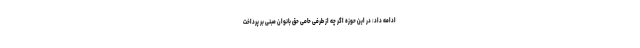
ادامه داد: در این حوزه اگر چه از طرفی حامی حق بانوان مبنی بر پرداخت